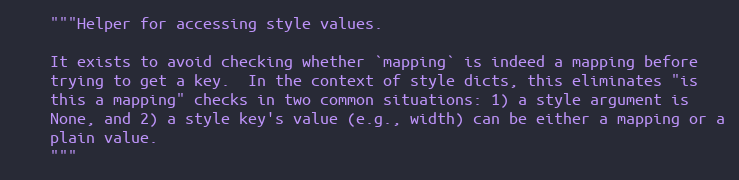
Language: Python
    """Helper for accessing style values.

    It exists to avoid checking whether `mapping` is indeed a mapping before
    trying to get a key.  In the context of style dicts, this eliminates "is
    this a mapping" checks in two common situations: 1) a style argument is
    None, and 2) a style key's value (e.g., width) can be either a mapping or a
    plain value.
    """